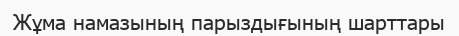
Жұма намазының парыздығының шарттары